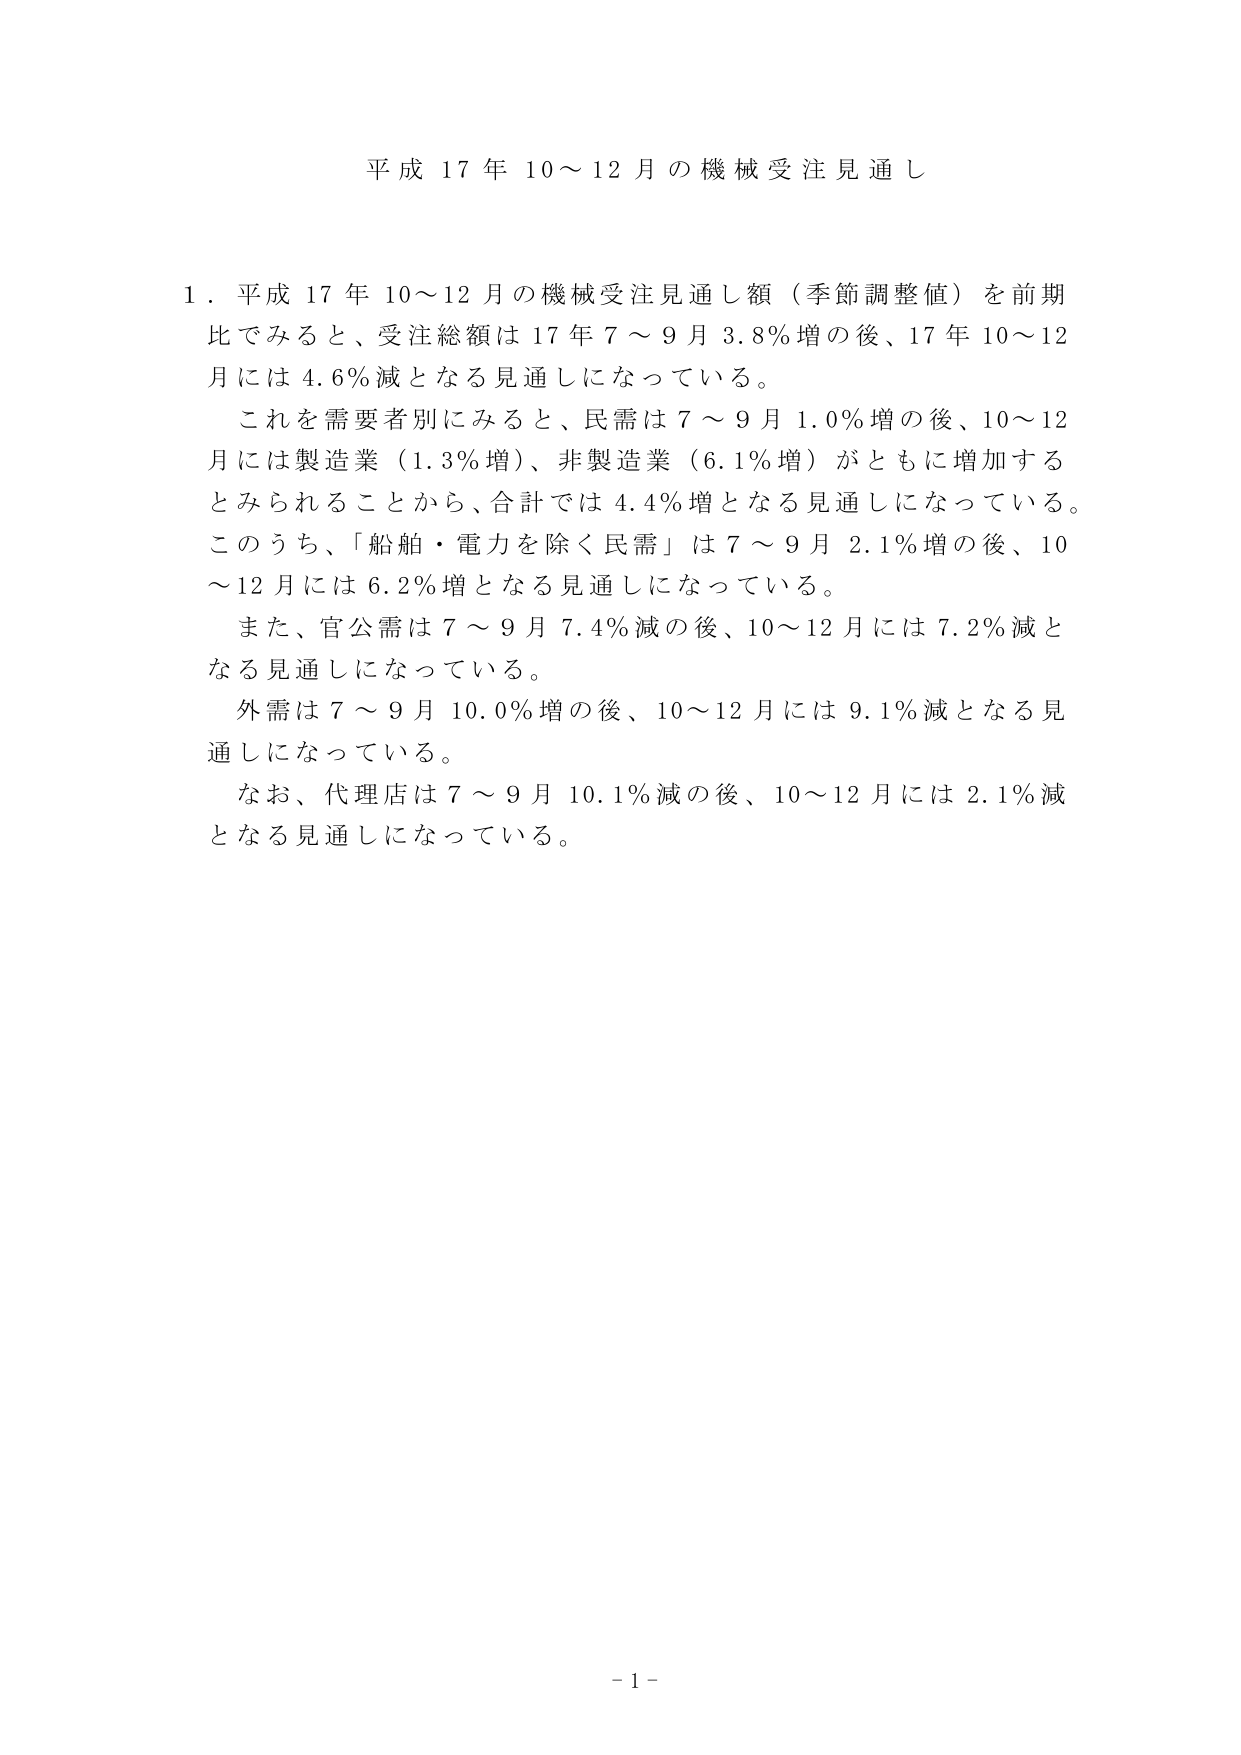
平成 17 年 10～12 月の機械受注見通し

1．平成 17 年 10～12 月の機械受注見通し額（季節調整値）を前期比でみると、受注総額は 17 年 7～9 月 3.8％増の後、17 年 10～12 月には 4.6％減となる見通しになっている。

これを需要者別にみると、民需は 7～9 月 1.0％増の後、10～12 月には製造業（1.3％増）、非製造業（6.1％増）がともに増加するとみられることから、合計では 4.4％増となる見通しになっている。このうち、「船舶・電力を除く民需」は 7～9 月 2.1％増の後、10～12 月には 6.2％増となる見通しになっている。

また、官公需は 7～9 月 7.4％減の後、10～12 月には 7.2％減となる見通しになっている。

外需は 7～9 月 10.0％増の後、10～12 月には 9.1％減となる見通しになっている。

なお、代理店は 7～9 月 10.1％減の後、10～12 月には 2.1％減となる見通しになっている。

- 1 -